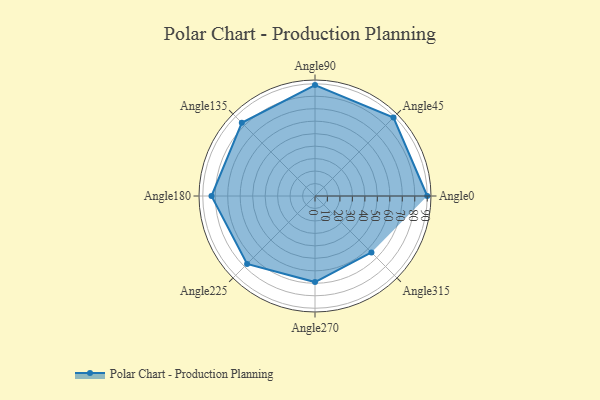
{"axis": {"x": "Angle", "y": "Radius"}, "legend": [""], "data": [{"x": "Angle0", "y": 90.0, "type": ""}, {"x": "Angle45", "y": 89.0, "type": ""}, {"x": "Angle90", "y": 89.0, "type": ""}, {"x": "Angle135", "y": 83.0, "type": ""}, {"x": "Angle180", "y": 83.0, "type": ""}, {"x": "Angle225", "y": 77.0, "type": ""}, {"x": "Angle270", "y": 69.0, "type": ""}, {"x": "Angle315", "y": 64.0, "type": ""}]}